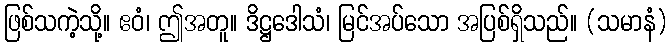
ဖြစ်သကဲ့သို့။ ဧဝံ၊ ဤအတူ။ ဒိဋ္ဌဒေါသံ၊ မြင်အပ်သော အပြစ်ရှိသည်။ (သမာနံ)